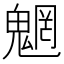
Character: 魍